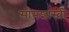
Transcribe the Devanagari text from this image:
सामशास्त्री